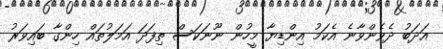
އަދަބު ދެވެންވާނެ އެކަމު އިންޑިޔާ މީހުން ނޫނަކަސް ތިފަދަ އަމަލުތައް ހިންގާ ބައިވަރު